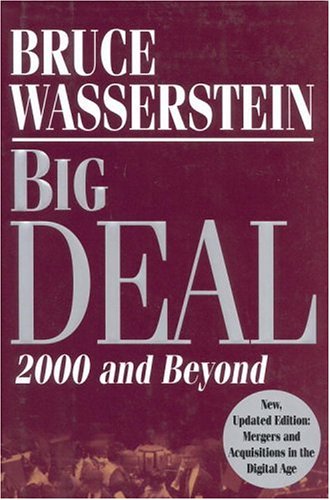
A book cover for Big Deal: 2000 and Beyond (Updated); Bruce Wasserstein; Business & Money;